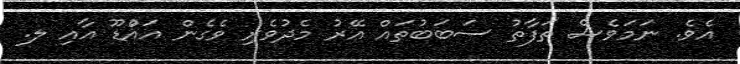
އެވެ. ނަމަވެސް ތަފާތު ސަބަބުތައް އޭރު މެދުވެރި ވެގެން އައްުޑޫ އާއި ލ.